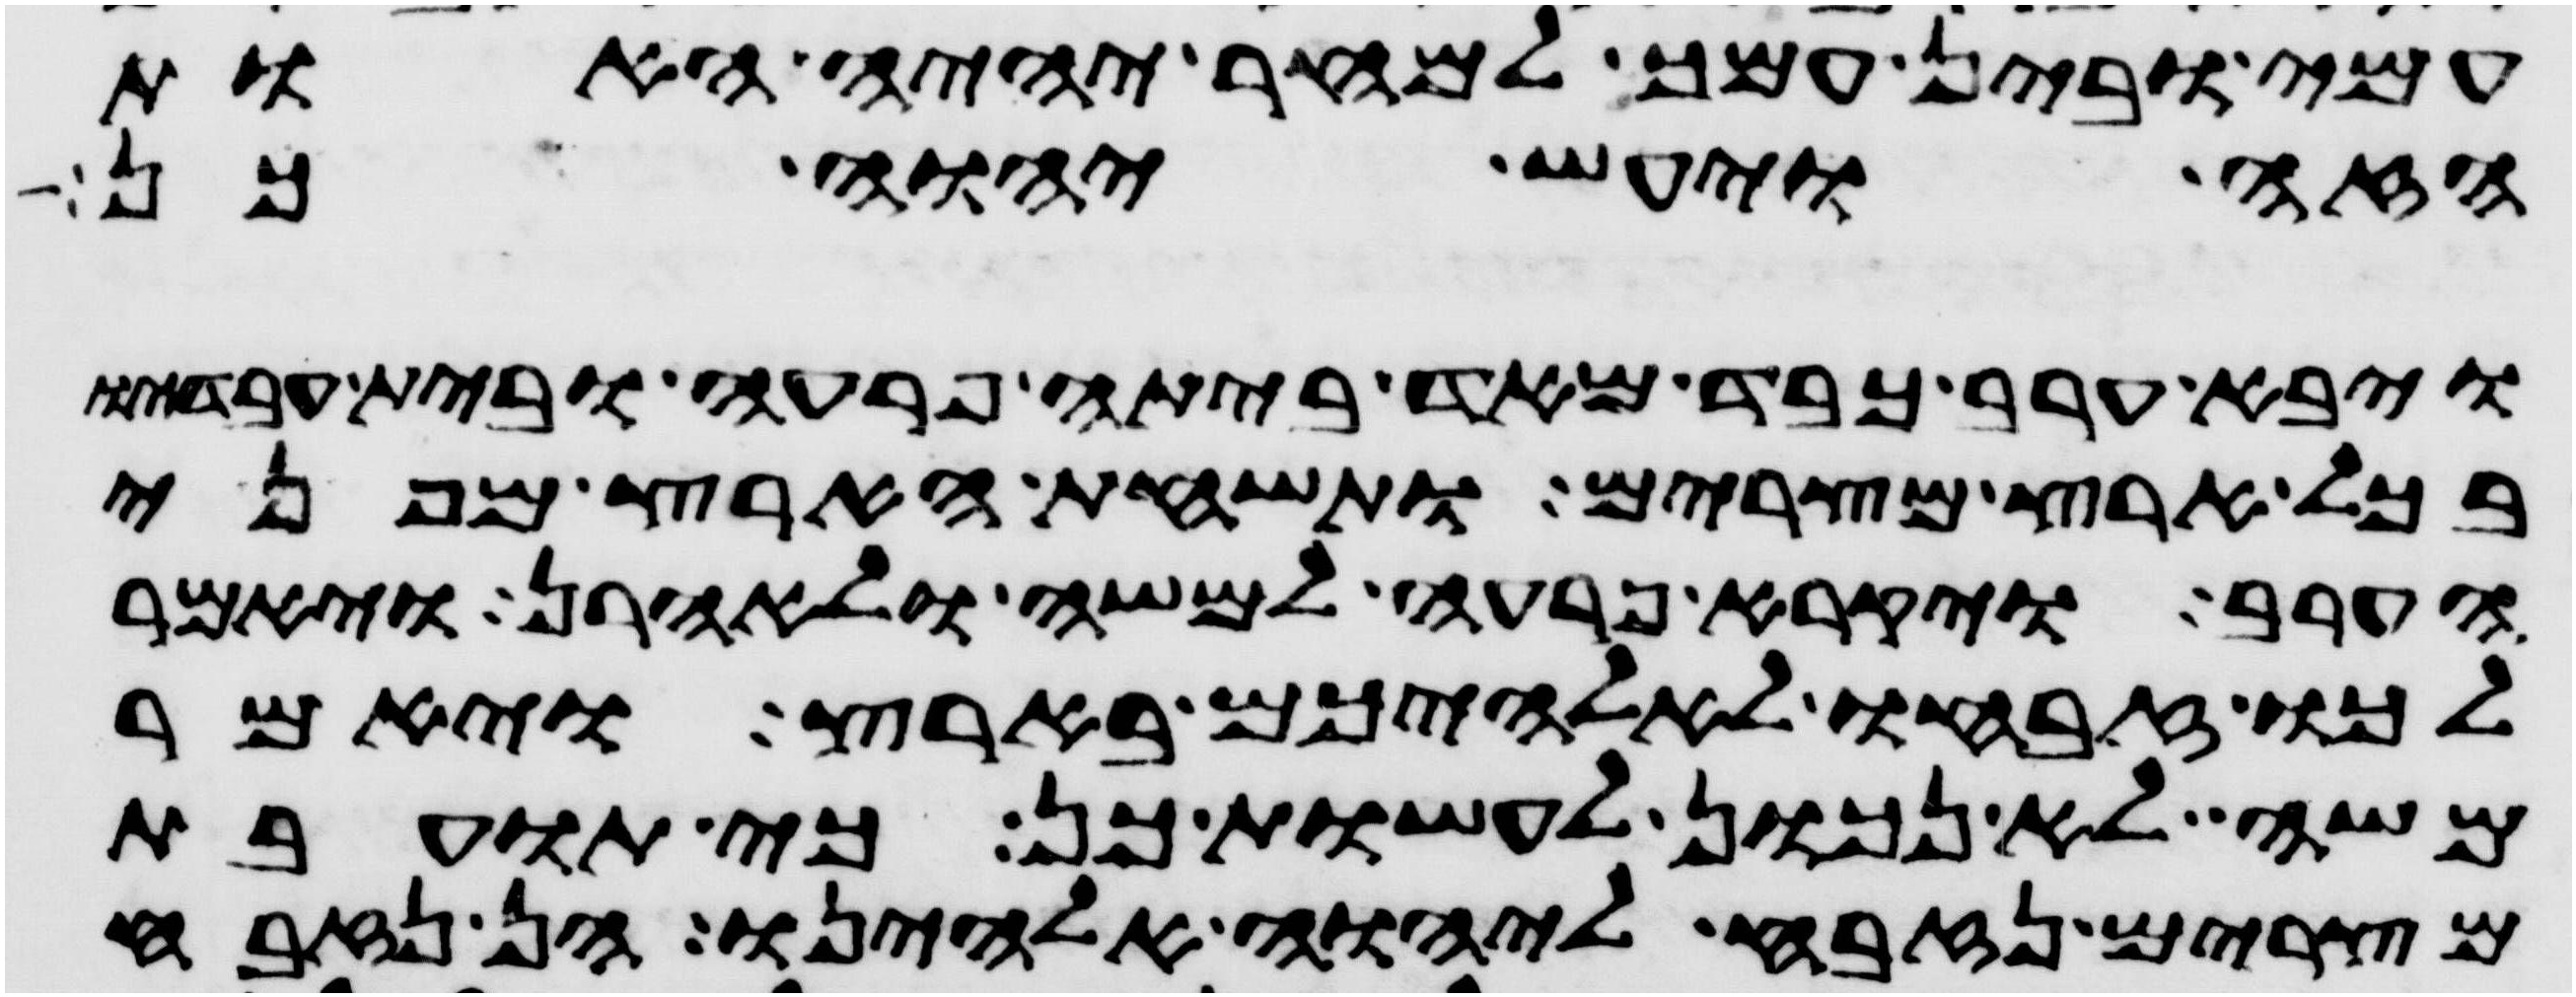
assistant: עמי ובין עמך למחר יהיה האות
הזה ויעש יהוה כן
ויבא ערב כבד מאד ביתה פרעה ובית עבדיו
בכל ארץ מצרים ותשחת הארץ מפני
הערב ויקרא פרעה למשה ולאהרן ויאמר
לכו זבחו לאלהיכם בארץ ויאמר
משה לא נכון לעשות כן כי תועבת
מצרים נזבח ליהוה אלהינו הן נזבח